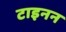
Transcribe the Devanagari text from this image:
टाइनन